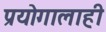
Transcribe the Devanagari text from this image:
प्रयोगालाही